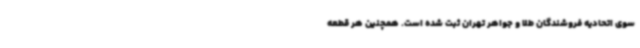
سوی اتحادیه فروشندگان طلا و جواهر تهران ثبت شده است. همچنین هر قطعه